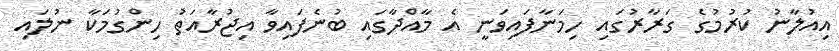
އިއުލާނު ކުރުމުގެ ގަރާރުގައި ހިމަނާފައިވަނީ އެ މާއްދާގައި ބުނެފައިވާ އިޖުރާއަތު ހިންގުމަކާ ނުލައި